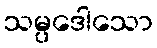
သမ္ပဒေါသော